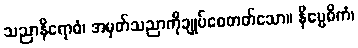
သညာနိရောဓံ၊ အမှတ်သညာကိုချုပ်စေတတ်သော။ နိဗ္ဗေဓိကံ၊